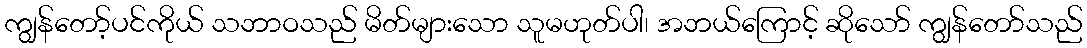
ကျွန်တော့်ပင်ကိုယ် သဘာဝသည် မိတ်များသော သူမဟုတ်ပါ၊ အဘယ်ကြောင့် ဆိုသော် ကျွန်တော်သည်